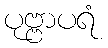
ပုဗ္ဗာပရံ